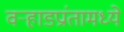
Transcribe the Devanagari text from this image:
वर्‍हाडप्रांतामध्ये